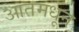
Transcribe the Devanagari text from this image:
आतमधून